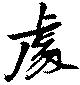
處